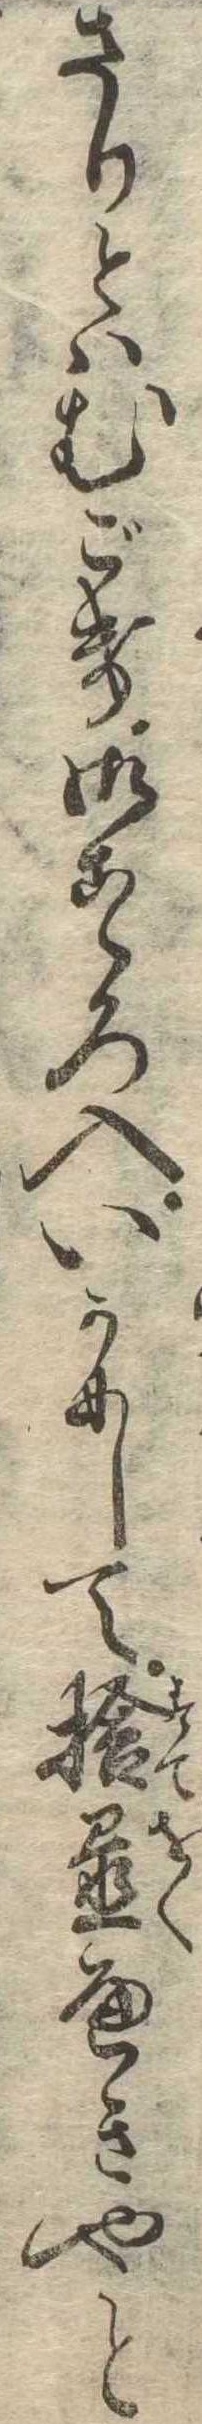
さりとはむごき御こゝろ入いかにして捨置へきやと